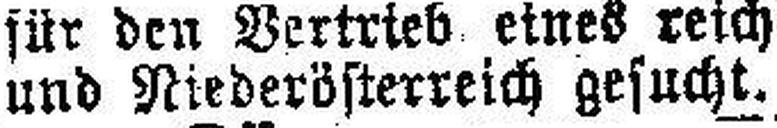
und Niederösterreich gesucht.